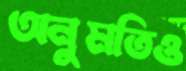
অনুমতিও